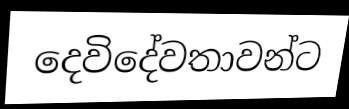
දෙවිදේවතාවන්ට